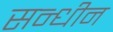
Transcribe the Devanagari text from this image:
सन्धीन